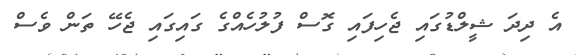
އެ ދިދަ ޝީލްޑުގައި ޖެހިފައި ގޮސް ފުލުހެއްގެ ގައިގައި ޖެހޭ ތަން ވެސް